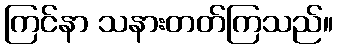
ကြင်နာ သနားတတ်ကြသည်။